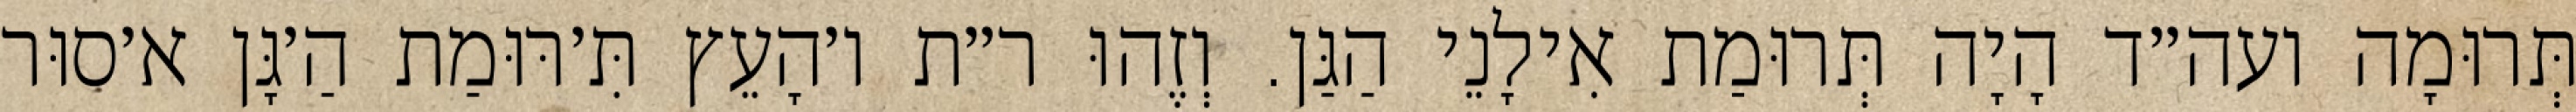
תְּרוּמָה ועה״ד הָיָה תְּרוּמַת אִילָנֵי הַגַּן. וְזֶהוּ ר״ת ו׳הָעֵץ תִּ׳רּוּמַת הַ׳גָּן א׳סוּר